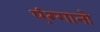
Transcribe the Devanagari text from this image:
एंग्गानो